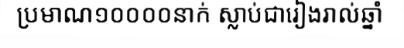
ប្រមាណ១០០០០នាក់ ស្លាប់ជារៀងរាល់ឆ្នាំ